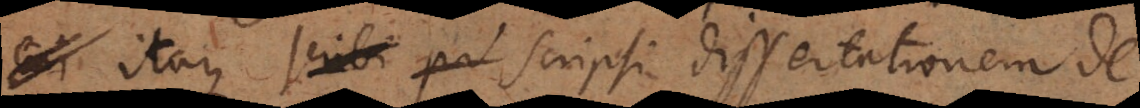
cui itaque scribi pa scripsi dissertationem de